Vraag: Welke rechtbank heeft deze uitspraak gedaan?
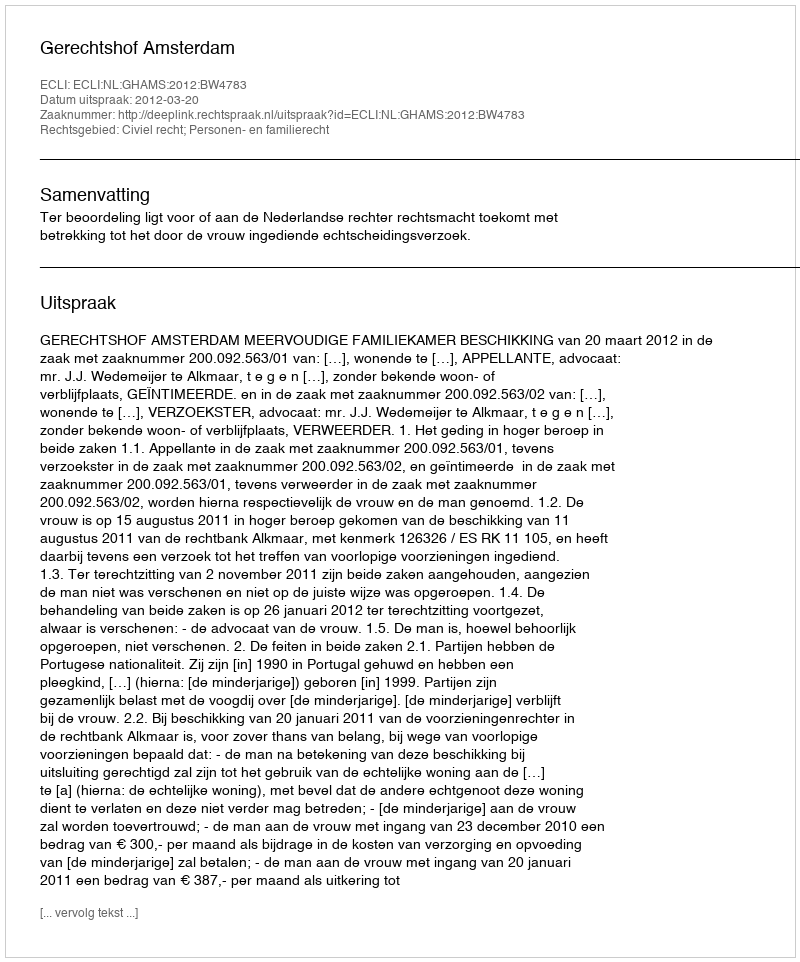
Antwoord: Gerechtshof Amsterdam